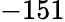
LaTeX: -151